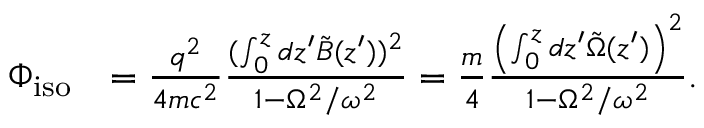
\begin{array} { r l } { \Phi _ { \mathrm { i s o } } } & { = \frac { q ^ { 2 } } { 4 m c ^ { 2 } } \frac { ( \int _ { 0 } ^ { z } d z ^ { \prime } \tilde { B } ( z ^ { \prime } ) ) ^ { 2 } } { 1 - \Omega ^ { 2 } / \omega ^ { 2 } } = \frac { m } { 4 } \frac { \left( \int _ { 0 } ^ { z } d z ^ { \prime } \tilde { \Omega } ( z ^ { \prime } ) \right) ^ { 2 } } { 1 - \Omega ^ { 2 } / \omega ^ { 2 } } . } \end{array}